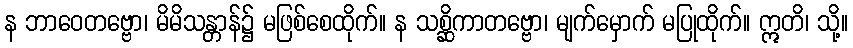
န ဘာဝေတဗ္ဗော၊ မိမိသန္တာန်၌ မဖြစ်စေထိုက်။ န သစ္ဆိကာတဗ္ဗော၊ မျက်မှောက် မပြုထိုက်။ ဣတိ၊ သို့။